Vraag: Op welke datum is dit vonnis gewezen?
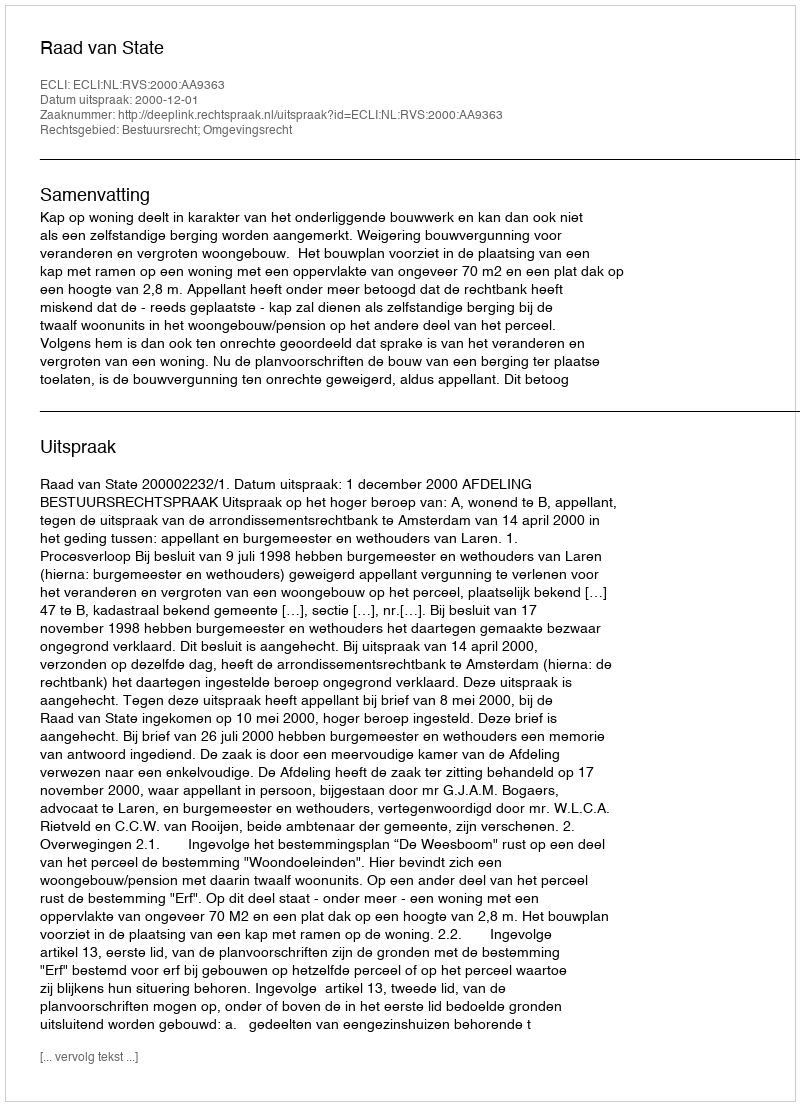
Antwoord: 2000-12-01